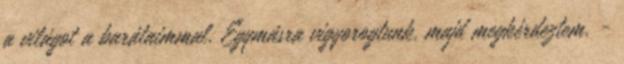
a világot a barátaimmal. Egymásra vigyorogtunk, majd megkérdeztem. -